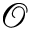
\mathcal { O }